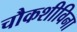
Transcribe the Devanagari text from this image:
चौकशीविना